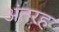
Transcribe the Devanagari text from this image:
अंतरह